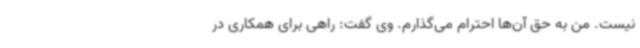
نیست. من به حق آن‌ها احترام می‌گذارم. وی گفت: راهی برای همکاری در